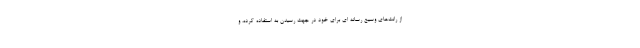
از رانت‌های وسیع رسانه ای برای خود در جهت رسیدن به استفاده کرده، و